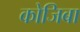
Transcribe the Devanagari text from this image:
कोजिबा